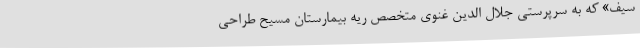
سیف» که به سرپرستی جلال الدین غنوی متخصص ریه بیمارستان مسیح طراحی